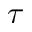
\tau